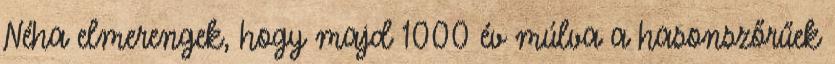
Néha elmerengek, hogy majd 1000 év múlva a hasonszőrűek